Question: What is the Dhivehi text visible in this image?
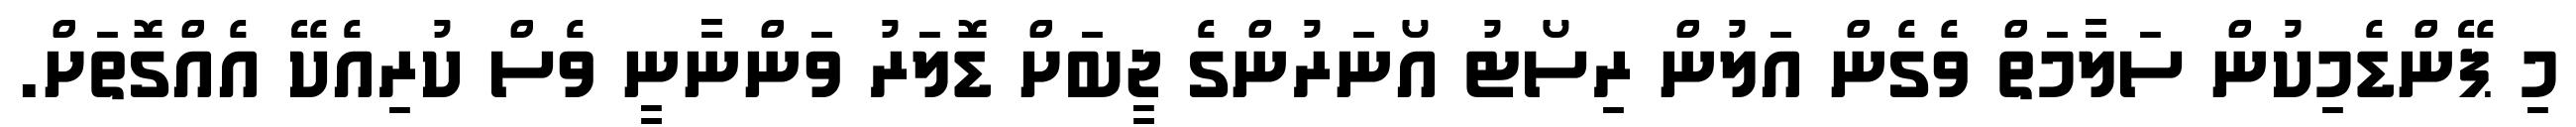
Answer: މި ޕޭންޑެމިކުން ސަލާމަތް ވެގެން އަލުން ރިސޯޓު އޯނަރުންގެ ޖީބަށް ޑޮލަރު ވަންނާނީ ވެސް ކުރިއެކޭ އެއްގޮތަށް.